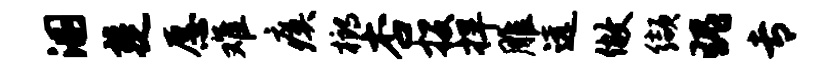
溷楚愿难瘼榔杏投捍雕远做缬瑰专